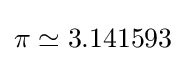
\pi \simeq 3.141593